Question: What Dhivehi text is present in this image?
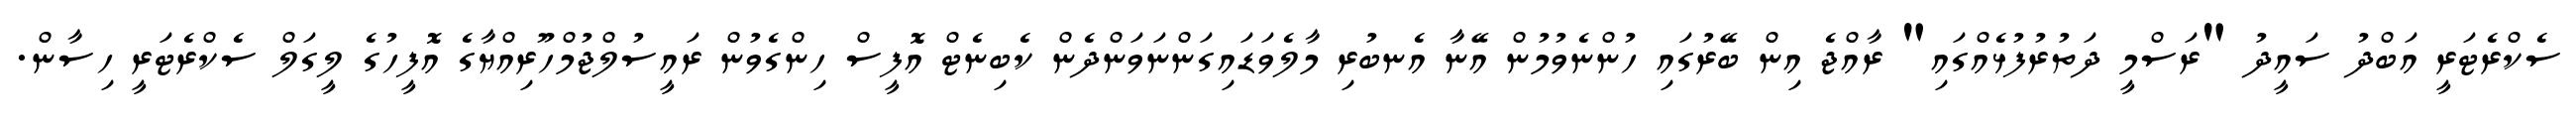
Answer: ސެކްރެޓަރީ އަބްދު ސައީދު "ރަސްމީ ދަތުރުފުޅެއްގައި" ރާއްޖެ އިން ބޭރުގައި ހުންނެވުމުން އޭނާ އެނބުރި މާލެވަޑައިގަންނަވަންދެން ކެބިނެޓް އޮފީސް ހިންގެވުން ރައީސުލްޖުމްހޫރިއްޔާގެ އޮފީހުގެ ލީގަލް ސެކްރެޓަރީ ހިސާން.